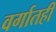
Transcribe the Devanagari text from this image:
वर्गातही